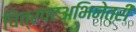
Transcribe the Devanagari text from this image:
चित्रपटअभिनेत्री